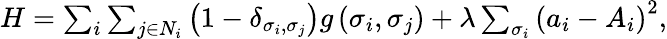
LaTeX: \begin{array}{r}{H=\sum_{i}\sum_{j\in N_{i}}\left(1-\delta_{\sigma_{i},\sigma_{j}}\right)g\left(\sigma_{i},\sigma_{j}\right)+\lambda\sum_{\sigma_{i}}\left(a_{i}-A_{i}\right)^{2},}\end{array}